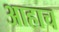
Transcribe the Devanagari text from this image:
आहाच